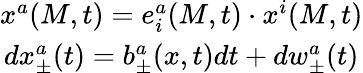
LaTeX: \begin{array}{c}{{x^{a}(M,t)=e_{i}^{a}(M,t)\cdot x^{i}(M,t)}}\\ {{dx_{\pm}^{a}(t)=b_{\pm}^{a}(x,t)dt+dw_{\pm}^{a}(t)}}\end{array}